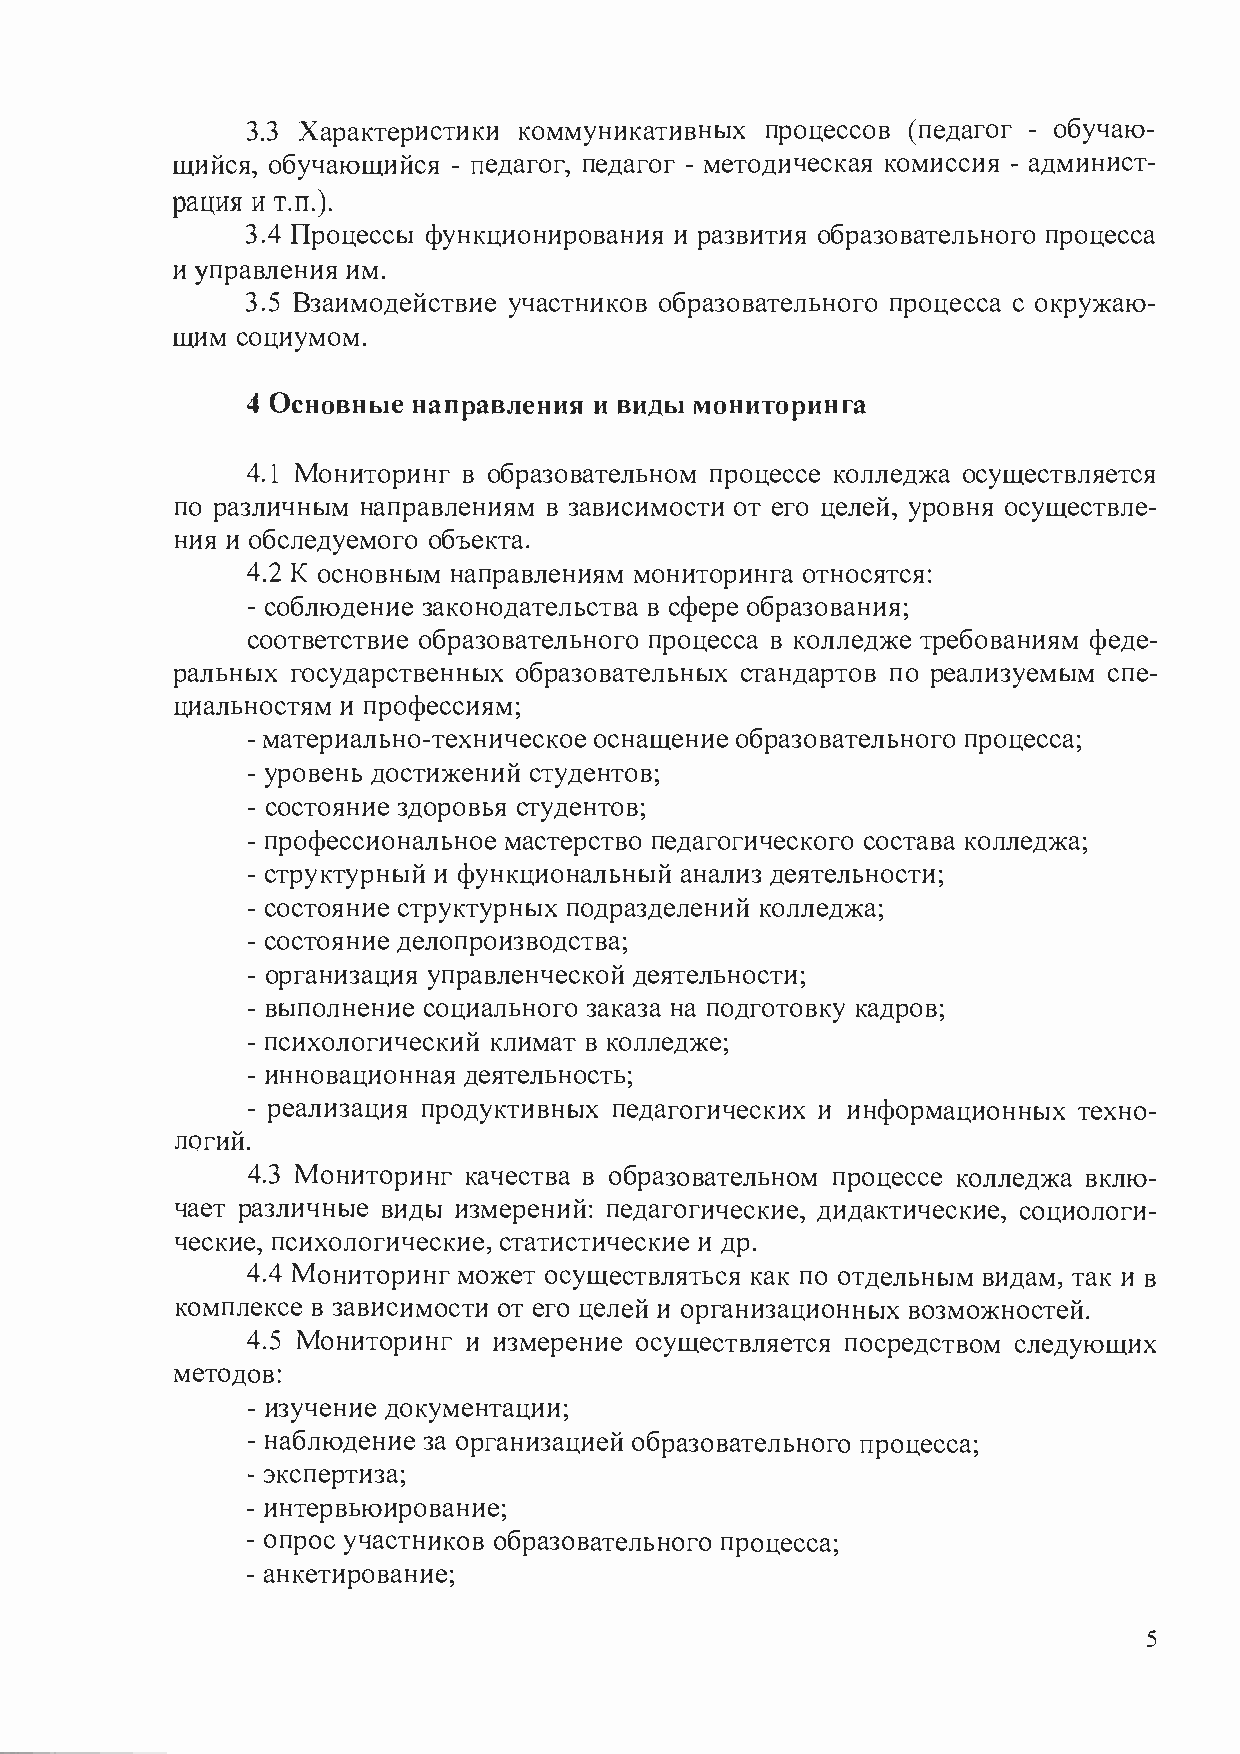
3.3 Характеристики коммуникативных процессов (педагог - обучаю­
 щийся, обучающийся - педагог, педагог - методическая комиссия - админист­
 рацити   .яп  .).
 3 .4 Процессы функционирования и развития образовательного процесса
 и управления им.
 3.5 Взаимодействие участников образовательного процесса с окружаю­
 щим  социумом.
 4 Основные направления и виды мониторинга
 4.1 Мониторинг в образовательном процессе колледжа осуществляется
 по различным направлениям в зависимости от его целей, уровня осуществле­
 ния и обследуемого объекта.
 4.2 К основным направлениям мониторинга относятся:
 - соблюдение законодательства в сфере образования;
 соответствие образовательного процесса в колледже требованиям феде­
 ральных государственных образовательных стандартов по реализуемым спе­
 циальностям и профессиям;
 -материально-техническое оснащение образовательного процесса;
 - уровень достижений студентов;
 - состояние здоровья студентов;
 - профессиональное мастерство педагогического состава колледжа;
 - структурный и функциональный анализ деятельности;
 - состояние структурных подразделений колледжа;
 - состояние делопроизводства;
 - организация управленческой деятельности;
 - выполнение социального заказа на подготовку кадров;
 - психологический климат в колледже;
 - инновационная деятельность;
 - реализация продуктивных педагогических и информационных техно-
 логий.
 4.3 Мониторинг качества в образовательном процессе колледжа вклю­
 чает различные виды измерений: педагогические, дидактические, социологи­
 ческие, психологические, статистические и др.
 4.4 Мониторинг может осуществляться как по отдельным видам, так и в
 комплексе в зависимости от его целей и организационных возможностей.
 4.5 Мониторинг и измерение осуществляется посредством следующих
 методов:
 - изучение документации;
 - наблюдение за организацией образовательного процесса;
 - экспертиза;
 - интервьюирование;
 - опрос участников образовательного процесса;
 - анкетирование;
 5